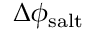
\Delta \phi _ { \mathrm { s a l t } }